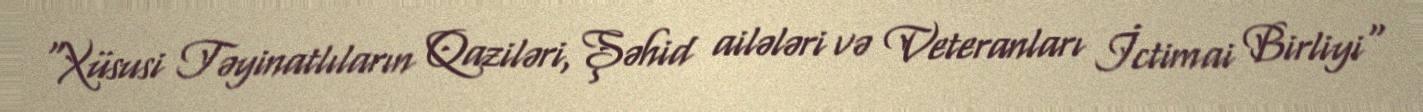
“Xüsusi Təyinatlıların Qaziləri, Şəhid ailələri və Veteranları İctimai Birliyi"